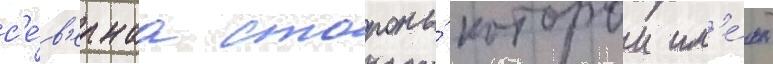
с'е́в'ернаа стороны́ которои им'е́ют